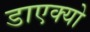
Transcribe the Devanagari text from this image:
डाएक्यो